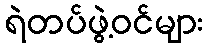
ရဲတပ်ဖွဲ့ဝင်များ